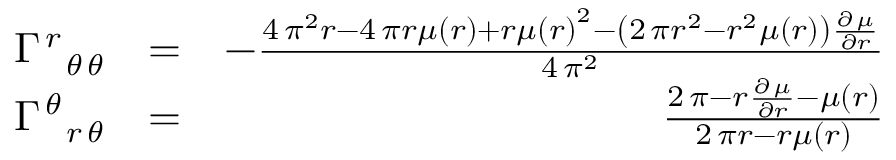
\begin{array} { r l r } { \Gamma _ { \phantom { \, r } \, { \theta } \, { \theta } } ^ { \, r \phantom { \, { \theta } } \phantom { \, { \theta } } } } & { = } & { - \frac { 4 \, \pi ^ { 2 } r - 4 \, \pi r \mu \left( r \right) + r \mu \left( r \right) ^ { 2 } - { \left( 2 \, \pi r ^ { 2 } - r ^ { 2 } \mu \left( r \right) \right) } \frac { \partial \, \mu } { \partial r } } { 4 \, \pi ^ { 2 } } } \\ { \Gamma _ { \phantom { \, { \theta } } \, r \, { \theta } } ^ { \, { \theta } \phantom { \, r } \phantom { \, { \theta } } } } & { = } & { \frac { 2 \, \pi - r \frac { \partial \, \mu } { \partial r } - \mu \left( r \right) } { 2 \, \pi r - r \mu \left( r \right) } } \end{array}